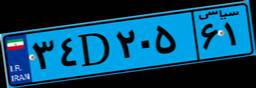
۳۴D۲۰۵۶۱